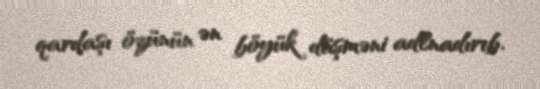
qardaşı özünün ən böyük düşməni adlnadırıb.